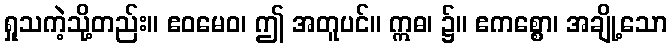
ရှုသကဲ့သို့တည်း။ ဧဝမေဝ၊ ဤ အတူပင်။ ဣဓ၊ ၌။ ဧကစ္စော၊ အချို့သော